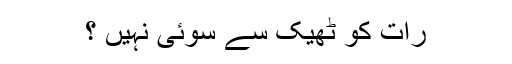
رات کو ٹھیک سے سوئی نہیں ؟